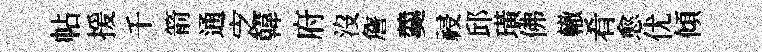
帖援千箭通㝎韓府沒詹羹祲邱璜佛轍肴愈优傾